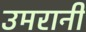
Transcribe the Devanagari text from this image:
उमरानी